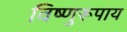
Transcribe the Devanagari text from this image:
विष्णुरूपाय